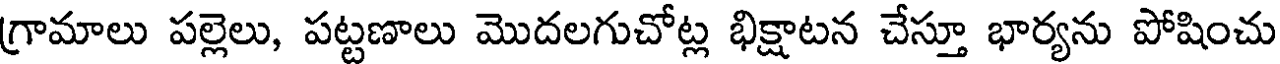
గ్రామాలు పల్లెలు, పట్టణాలు మొదలగుచోట్ల భిక్షాటన చేస్తూ భార్యను పోషించు